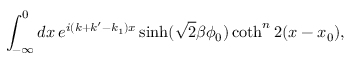
\int _ { - \infty } ^ { 0 } d x \, e ^ { i ( k + k ^ { \prime } - k _ { 1 } ) x } \sinh ( \sqrt { 2 } \beta \phi _ { 0 } ) \coth ^ { n } 2 ( x - x _ { 0 } ) ,